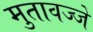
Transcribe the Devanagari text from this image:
मुतावज्जे